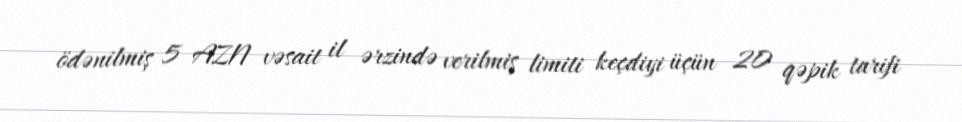
ödənilmiş 5 AZN vəsait il ərzində verilmiş limiti keçdiyi üçün 20 qəpik tarifi